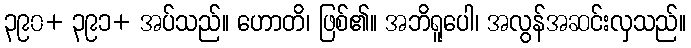
၃၉၀+ ၃၉၁+ အပ်သည်။ ဟောတိ၊ ဖြစ်၏။ အဘိရူပေါ၊ အလွန်အဆင်းလှသည်။